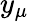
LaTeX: y_{\mu}